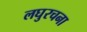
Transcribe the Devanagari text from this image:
लघुरचना